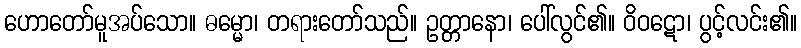
ဟောတော်မူအပ်သော။ ဓမ္မော၊ တရားတော်သည်။ ဥတ္တာနော၊ ပေါ်လွင်၏။ ဝိဝဋော၊ ပွင့်လင်း၏။